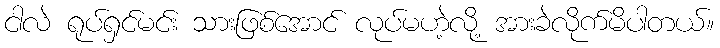
ငါလဲ ရုပ်ရှင်မင်း သားဖြစ်အောင် လုပ်မဟဲ့လို့ အားခဲလိုက်မိပါတယ်။